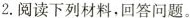
2.阅读下列材料，回答问题。